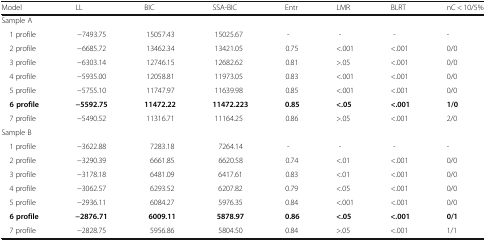
<table><thead><tr><td><b>Model</b></td><td><b>LL</b></td><td><b>BIC</b></td><td><b>SSA-BIC</b></td><td><b>Entr</b></td><td><b>LMR</b></td><td><b>BLRT</b></td><td><b>nC &lt; 10/5%</b></td></tr></thead><tbody><tr><td colspan="8">Sample A</td></tr><tr><td> 1 profile</td><td>−7493.75</td><td>15057.43</td><td>15025.67</td><td>-</td><td>-</td><td>-</td><td>-</td></tr><tr><td> 2 profile</td><td>−6685.72</td><td>13462.34</td><td>13421.05</td><td>0.75</td><td>&lt;.001</td><td>&lt;.001</td><td>0/0</td></tr><tr><td> 3 profile</td><td>−6303.14</td><td>12746.15</td><td>12682.62</td><td>0.81</td><td>&gt;.05</td><td>&lt;.001</td><td>0/0</td></tr><tr><td> 4 profile</td><td>−5935.00</td><td>12058.81</td><td>11973.05</td><td>0.83</td><td>&lt;.001</td><td>&lt;.001</td><td>0/0</td></tr><tr><td> 5 profile</td><td>−5755.10</td><td>11747.97</td><td>11639.98</td><td>0.85</td><td>&lt;.001</td><td>&lt;.001</td><td>0/0</td></tr><tr><td><b> 6 profile</b></td><td><b>−5592.75</b></td><td><b>11472.22</b></td><td><b>11472.223</b></td><td><b>0.85</b></td><td><b>&lt;.05</b></td><td><b>&lt;.001</b></td><td><b>1/0</b></td></tr><tr><td> 7 profile</td><td>−5490.52</td><td>11316.71</td><td>11164.25</td><td>0.86</td><td>&gt;.05</td><td>&lt;.001</td><td>2/0</td></tr><tr><td>Sample B</td><td colspan="7"></td></tr><tr><td> 1 profile</td><td>−3622.88</td><td>7283.18</td><td>7264.14</td><td>-</td><td>-</td><td>-</td><td>-</td></tr><tr><td> 2 profile</td><td>−3290.39</td><td>6661.85</td><td>6620.58</td><td>0.74</td><td>&lt;.01</td><td>&lt;.001</td><td>0/0</td></tr><tr><td> 3 profile</td><td>−3178.18</td><td>6481.09</td><td>6417.61</td><td>0.83</td><td>&lt;.01</td><td>&lt;.001</td><td>0/0</td></tr><tr><td> 4 profile</td><td>−3062.57</td><td>6293.52</td><td>6207.82</td><td>0.79</td><td>&lt;.05</td><td>&lt;.001</td><td>0/0</td></tr><tr><td> 5 profile</td><td>−2936.11</td><td>6084.27</td><td>5976.35</td><td>0.84</td><td>&lt;.001</td><td>&lt;.001</td><td>0/0</td></tr><tr><td><b> 6 profile</b></td><td><b>−2876.71</b></td><td><b>6009.11</b></td><td><b>5878.97</b></td><td><b>0.86</b></td><td><b>&lt;.05</b></td><td><b>&lt;.001</b></td><td><b>0/1</b></td></tr><tr><td> 7 profile</td><td>−2828.75</td><td>5956.86</td><td>5804.50</td><td>0.84</td><td>&gt;.05</td><td>&lt;.001</td><td>1/1</td></tr></tbody></table>